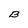
Character: B